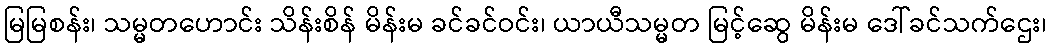
မြမြစန်း၊ သမ္မတဟောင်း သိန်းစိန် မိန်းမ ခင်ခင်ဝင်း၊ ယာယီသမ္မတ မြင့်ဆွေ မိန်းမ ဒေါ်ခင်သက်ဌေး၊